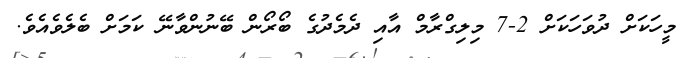
މީހަކަށް ދުވަހަކަށް 2-7 މިލިގްރާމް އާއި ދެމެދުގެ ބޯރޯން ބޭނުންވާނޭ ކަމަށް ބެލެވެއެވެ.